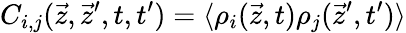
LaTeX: C_{i,j}(\vec{z},\vec{z}^{\prime},t,t^{\prime})=\langle\rho_{i}(\vec{z},t)\rho_{j}(\vec{z}^{\prime},t^{\prime})\rangle